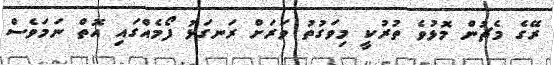
ރޭގެ މެޗުން މޮޅުވެ ތުރުކީ މިވަގުތު ވަރަށް ރަނގަޅު ފޯމެއްގައި އޮތް ނަމަވެސް